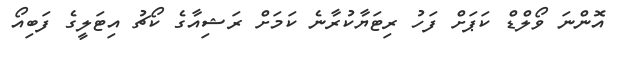
އޮންނަ ވޯލްޑް ކަޕަށް ފަހު ރިޓަޔާކުރާނެ ކަމަށް ރަޝިއާގެ ކޯޗު އިޓަލީގެ ފަބިއޯ